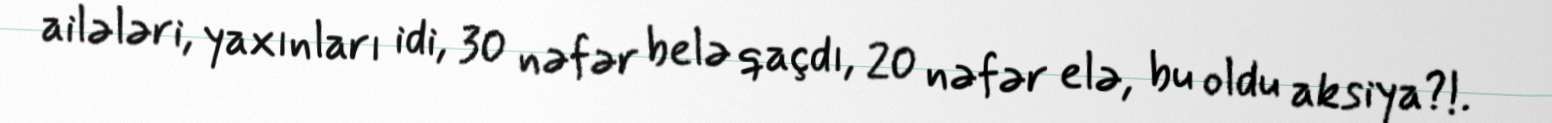
ailələri, yaxınları idi, 30 nəfər belə qaçdı, 20 nəfər elə, bu oldu aksiya?!.